Report of the Indian Hemp Drugs Commission, 1894-1895 - Volume IV
Year: 1894
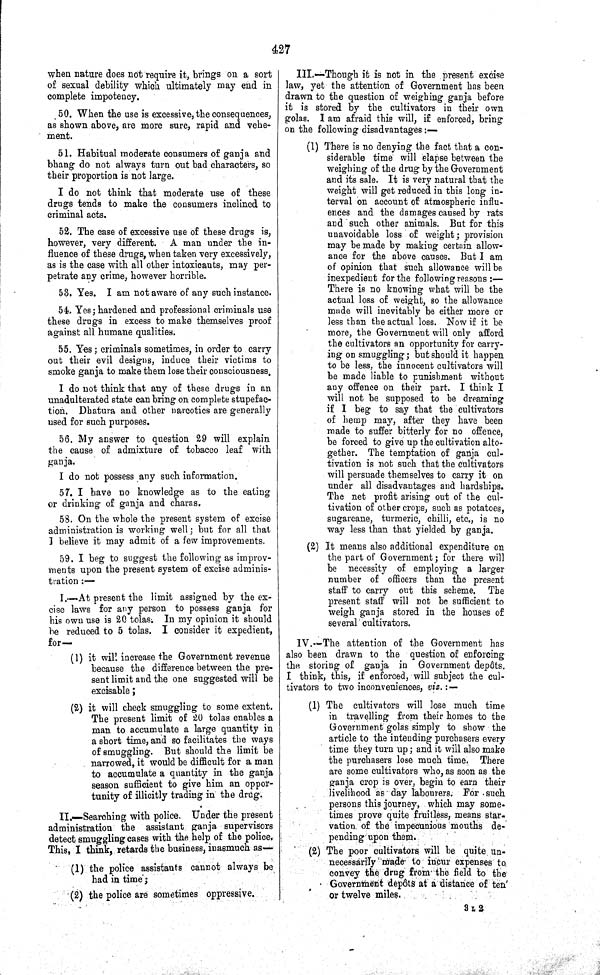
427
when nature does not require it, brings on a sort
of sexual debility which ultimately may end in
complete impotency.
50. When the use is excessive, the consequences,
as shown above, are more sure, rapid and vehe-
ment.
51. Habitual moderate consumers of ganja and
bhang do not always turn out bad characters, so
their proportion is not large.
I do not think that moderate use of these
drugs tends to make the consumers inclined to
criminal acts.
52. The case of excessive use of these drugs is,
however, very different. A man under the in-
fluence of these drugs, when taken very excessively,
as is the case with all other intoxicauts, may per-
petrate any crime, however horrible.
53. Yes. I am not aware of any such instance.
54. Yes; hardened and professional criminals use
these drugs in excess to make themselves proof
against all humane qualities.
55. Yes; criminals sometimes, in order to carry
out their evil designs, induce their victims to
smoke ganja to make them lose their consciousness.
I do not think that any of these drugs in an
unadulterated state can bring on complete stupefac-
tion. Dhatura and other narcotics are generally
used for such purposes.
56. My answer to question 29 will explain
the cause of admixture of tobacco leaf with
ganja.
I do not possess any such information.
57. I have no knowledge as to the eating
or drinking of ganja and charas.
58. On the whole the present system of excise
administration is working well; but for all that
I believe it may admit of a few improvements.
59. I beg to suggest the following as improv-
ments upon the present system of excise adminis-
tration:—
I.—At present the limit assigned by the ex-
cise laws for any person to possess ganja for
his own use is 20 tolas; In my opinion it should
be reduced to 5 tolas. I consider it expedient,
for—
(1) it will increase the Government revenue
because the difference between the pre-
sent limit and the one suggested will be
excisable;
(2) it will check smuggling to some extent.
The present limit of 20 tolas enables a
man to accumulate a large quantity in
a short time, and so facilitates the ways
of smuggling. But should the limit be
narrowed, it would be difficult for a man
to accumulate a quantity in the ganja
season sufficient to give him an oppor-
tunity of illicitly trading in the drug.
II.—Searching with police. Under the present
administration the assistant ganja supervisors
detect smuggling cases with the help of the police.
This, I think, retards the business, inasmuch as—
(1) the police assistants cannot always be
had in time;
(2) the police are sometimes oppressive.
III.—Though it is not in the present excise
law, yet the attention of Government has been
drawn to the question of weighing ganja before
it is stored by the cultivators in their own
golas. I am afraid this will, if enforced, bring
on the following disadvantages:—
(1) There is no denying the fact that a con-
siderable time will elapse between the
weighing of the drug by the Government
and its sale. It is very natural that the
weight will get reduced in this long in-
terval on account of atmospheric influ-
ences and the damages caused by rats
and such other animals. But for this
unavoidable loss of weight; provision
may be made by making certain allow-
ance for the above causes. But I am
of opinion that such allowance will be
inexpedient for the following reasons:—
There is no knowing what will be the
actual loss of weight, so the allowance
made will inevitably be either more or
less than the actual loss. Now if it be
more, the Government will only afford
the cultivators an opportunity for carry-
ing on smuggling; but should it happen
to be less, the innocent cultivators will
be made liable to punishment without
any offence on their part. I think I
will not be supposed to be dreaming
if I beg to say that the cultivators
of hemp may, after they have been
made to suffer bitterly for no offence,
be forced to give up the cultivation alto-
gether. The temptation of ganja cul-
tivation is not such that the cultivators
will persuade themselves to carry it on
under all disadvantages and hardships.
The net profit arising out of the cul-
tivation of other crops, such as potatoes,
sugarcane, turmeric, chilli, etc., is no
way less than that yielded by ganja.
(2) It means also additional expenditure on
the part of Government; for there will
be necessity of employing a larger
number of officers than the present
staff to carry out this scheme. The
present staff will not be sufficient to
weigh ganja stored in the houses of
several cultivators.
IV.—The attention of the Government has
also been drawn to the question of enforcing
the storing of ganja in Government depôts.
I think, this, if enforced, will subject the cul-
tivators to two inconveniences, viz.:—
(1) The cultivators will lose much time
in travelling from their homes to the
Government golas simply to show the
article to the intending purchasers every
time they turn up; and it will also make
the purchasers lose much time. There
are some cultivators who, as soon as the
ganja crop is over, begin to earn their
livelihood as day labourers. For such
persons this journey, which may some-
times prove quite fruitless, means star-
vation of the impecunious mouths de-
pending upon them.
(2) The poor cultivators will be quite un-
necessarily made to incur expenses to
convey the drug from the field to the
Government depôts at a distance of ten
or twelve miles.
3 L 2